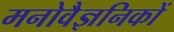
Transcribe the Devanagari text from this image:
मनोवैज्ञनिकों